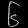
Digit: ၆